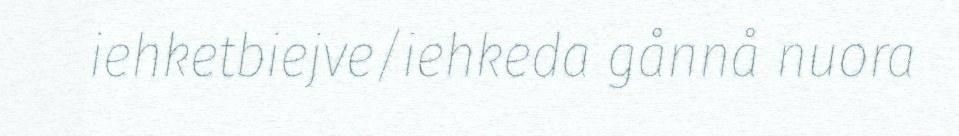
iehketbiejve/iehkeda gånnå nuora